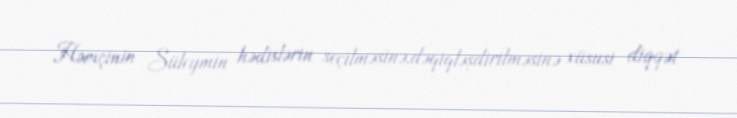
Həmçinin Süleymin hədislərin seçilməsinə,dəqiqləşdirilməsinə xüsusi diqqət